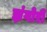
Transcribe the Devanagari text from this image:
झंगोरी